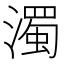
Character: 濁